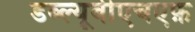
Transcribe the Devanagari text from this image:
डब्ल्यूबीएचएफ़